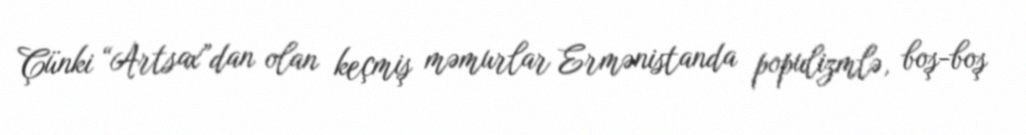
Çünki “Artsax”dan olan keçmiş məmurlar Ermənistanda populizmlə, boş-boş